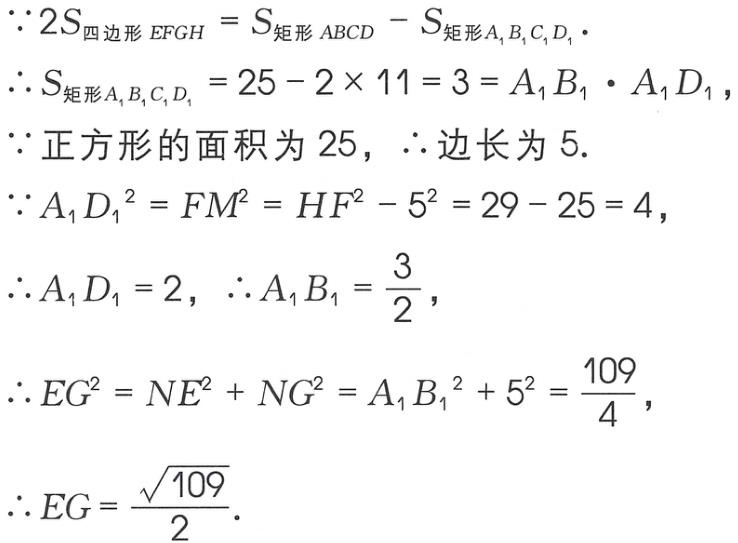
\[\begin{align*}
&\because 2S_{四边形 EFGH}=S_{矩形 ABCD}-S_{矩形 A_1B_1C_1D_1}.\\
&\therefore S_{矩形 A_1B_1C_1D_1}=25 - 2\times11 = 3=A_1B_1\cdot A_1D_1,\\
&\because \text{正方形的面积为}25,\ \therefore \text{边长为}5.\\
&\because A_1D_1^{2}=FM^{2}=HF^{2}-5^{2}=29 - 25 = 4,\\
&\therefore A_1D_1 = 2,\ \therefore A_1B_1=\frac{3}{2},\\
&\therefore EG^{2}=NE^{2}+NG^{2}=A_1B_1^{2}+5^{2}=\frac{109}{4},\\
&\therefore EG=\frac{\sqrt{109}}{2}.
\end{align*}\]